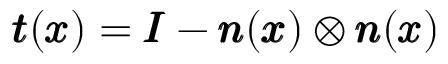
{ \pmb t } ( { \pmb x } ) = { \pmb I } - { \pmb n } ( { \pmb x } ) \otimes { \pmb n } ( { \pmb x } )